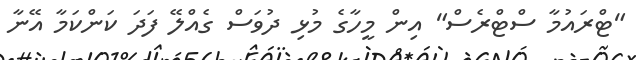
"ޓްރައުމާ ސްޓްރެސް" އިން މީހާގެ މުޅި ދުވަސް ގެއްލޭ ފަދަ ކަންކަމާ އޭނާ